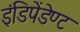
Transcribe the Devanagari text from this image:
इंडिपेंडेण्ट